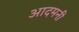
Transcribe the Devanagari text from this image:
आदमनी